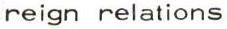
reign relations